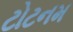
ટોટનમ